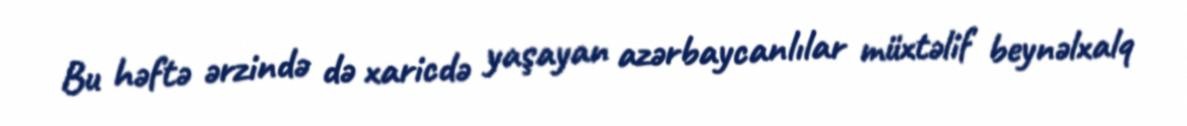
Bu həftə ərzində də xaricdə yaşayan azərbaycanlılar müxtəlif beynəlxalq